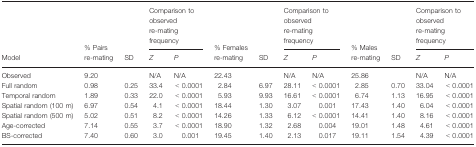
|  |  |  | <COLSPAN=2> Comparison to observed re-mating frequency |  |  | <COLSPAN=2> Comparison to observed re-mating frequency |  |  | <COLSPAN=2> Comparison to observed re-mating frequency |
 | Model | % Pairs re-mating | SD | Z | P | % Females re-mating | SD | Z | P | % Males re-mating | SD | Z | P |
 | --- | --- | --- | --- | --- | --- | --- | --- | --- | --- | --- | --- | --- |
 | Observed | 9.20 |  | N/A | N/A | 22.43 |  | N/A | N/A | 25.86 |  | N/A | N/A |
 | Full random | 0.98 | 0.25 | 33.4 | < 0.0001 | 2.84 | 6.97 | 28.11 | < 0.0001 | 2.85 | 0.70 | 33.04 | < 0.0001 |
 | Temporal random | 1.89 | 0.33 | 22.0 | < 0.0001 | 5.93 | 9.93 | 16.61 | < 0.0001 | 6.74 | 1.13 | 16.95 | < 0.0001 |
 | Spatial random (100 m) | 6.97 | 0.54 | 4.1 | < 0.0001 | 18.44 | 1.30 | 3.07 | 0.001 | 17.43 | 1.40 | 6.04 | < 0.0001 |
 | Spatial random (500 m) | 5.02 | 0.51 | 8.2 | < 0.0001 | 14.26 | 1.33 | 6.12 | < 0.0001 | 14.41 | 1.40 | 8.16 | < 0.0001 |
 | Age-corrected | 7.14 | 0.55 | 3.7 | < 0.0001 | 18.90 | 1.32 | 2.68 | 0.004 | 19.01 | 1.48 | 4.61 | < 0.0001 |
 | BS-corrected | 7.40 | 0.60 | 3.0 | 0.001 | 19.45 | 1.40 | 2.13 | 0.017 | 19.11 | 1.54 | 4.39 | < 0.0001 |